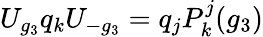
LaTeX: U_{g_{3}}q_{k}U_{-g_{3}}=q_{j}P_{k}^{j}(g_{3})